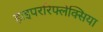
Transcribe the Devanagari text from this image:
हाइपररिफ्लेक्सिया